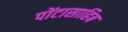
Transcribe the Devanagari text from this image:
पोंटासाहिब